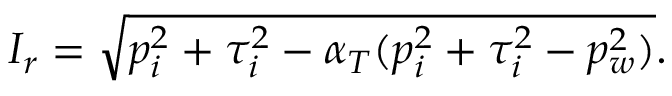
I _ { r } = \sqrt { p _ { i } ^ { 2 } + \tau _ { i } ^ { 2 } - \alpha _ { T } ( p _ { i } ^ { 2 } + \tau _ { i } ^ { 2 } - p _ { w } ^ { 2 } ) } .